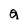
Character: a